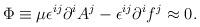
LaTeX: \begin{align*}\Phi \equiv \mu \epsilon ^{ij}\partial ^iA^j -\epsilon ^{ij}\partial ^if^j \approx 0.\end{align*}